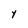
Character: Y